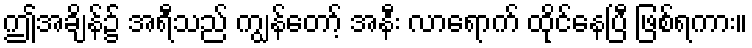
ဤအချိန်၌ အရီသည် ကျွန်တော့် အနီး လာရောက် ထိုင်နေပြီ ဖြစ်ရကား။